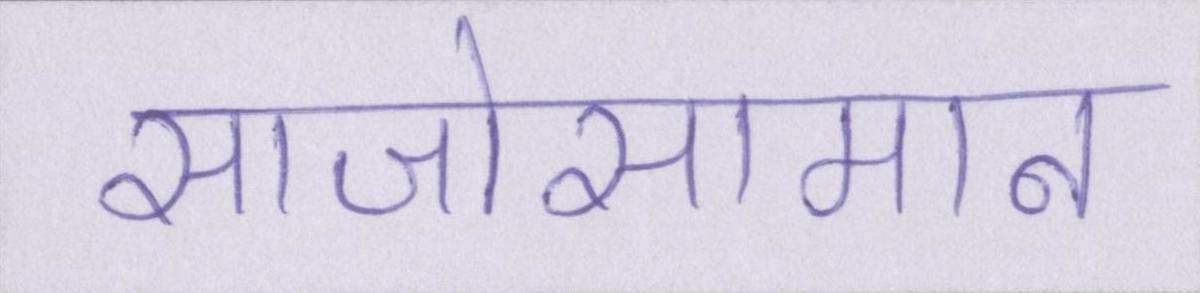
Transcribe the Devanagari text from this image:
साजोसामान